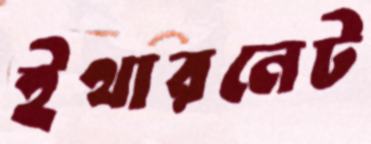
ইথারনেট